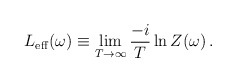
\begin{align*}L_{{\rm eff}}(\omega) \equiv \lim_{T\to\infty} \frac{-i}{T} \ln Z(\omega) \,.\end{align*}